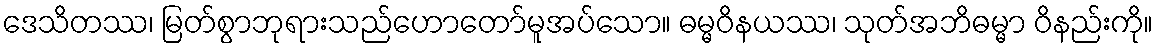
ဒေသိတဿ၊ မြတ်စွာဘုရားသည်ဟောတော်မူအပ်သော။ ဓမ္မဝိနယဿ၊ သုတ်အဘိဓမ္မာ ဝိနည်းကို။